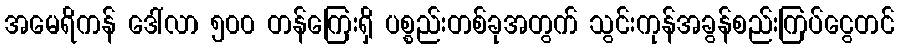
အမေရိကန် ဒေါ်လာ ၅၀၀ တန်ကြေးရှိ ပစ္စည်းတစ်ခုအတွက် သွင်းကုန်အခွန်စည်းကြပ်ငွေတင်